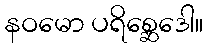
နဝမော ပရိစ္ဆေဒေါ။